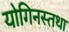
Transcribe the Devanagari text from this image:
योगिनस्तथा